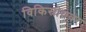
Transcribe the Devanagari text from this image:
विकिस्रोतवर